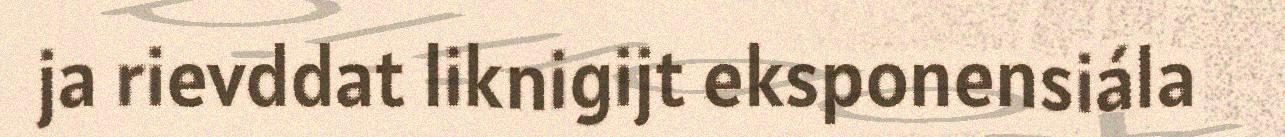
ja rievddat liknigijt eksponensiála